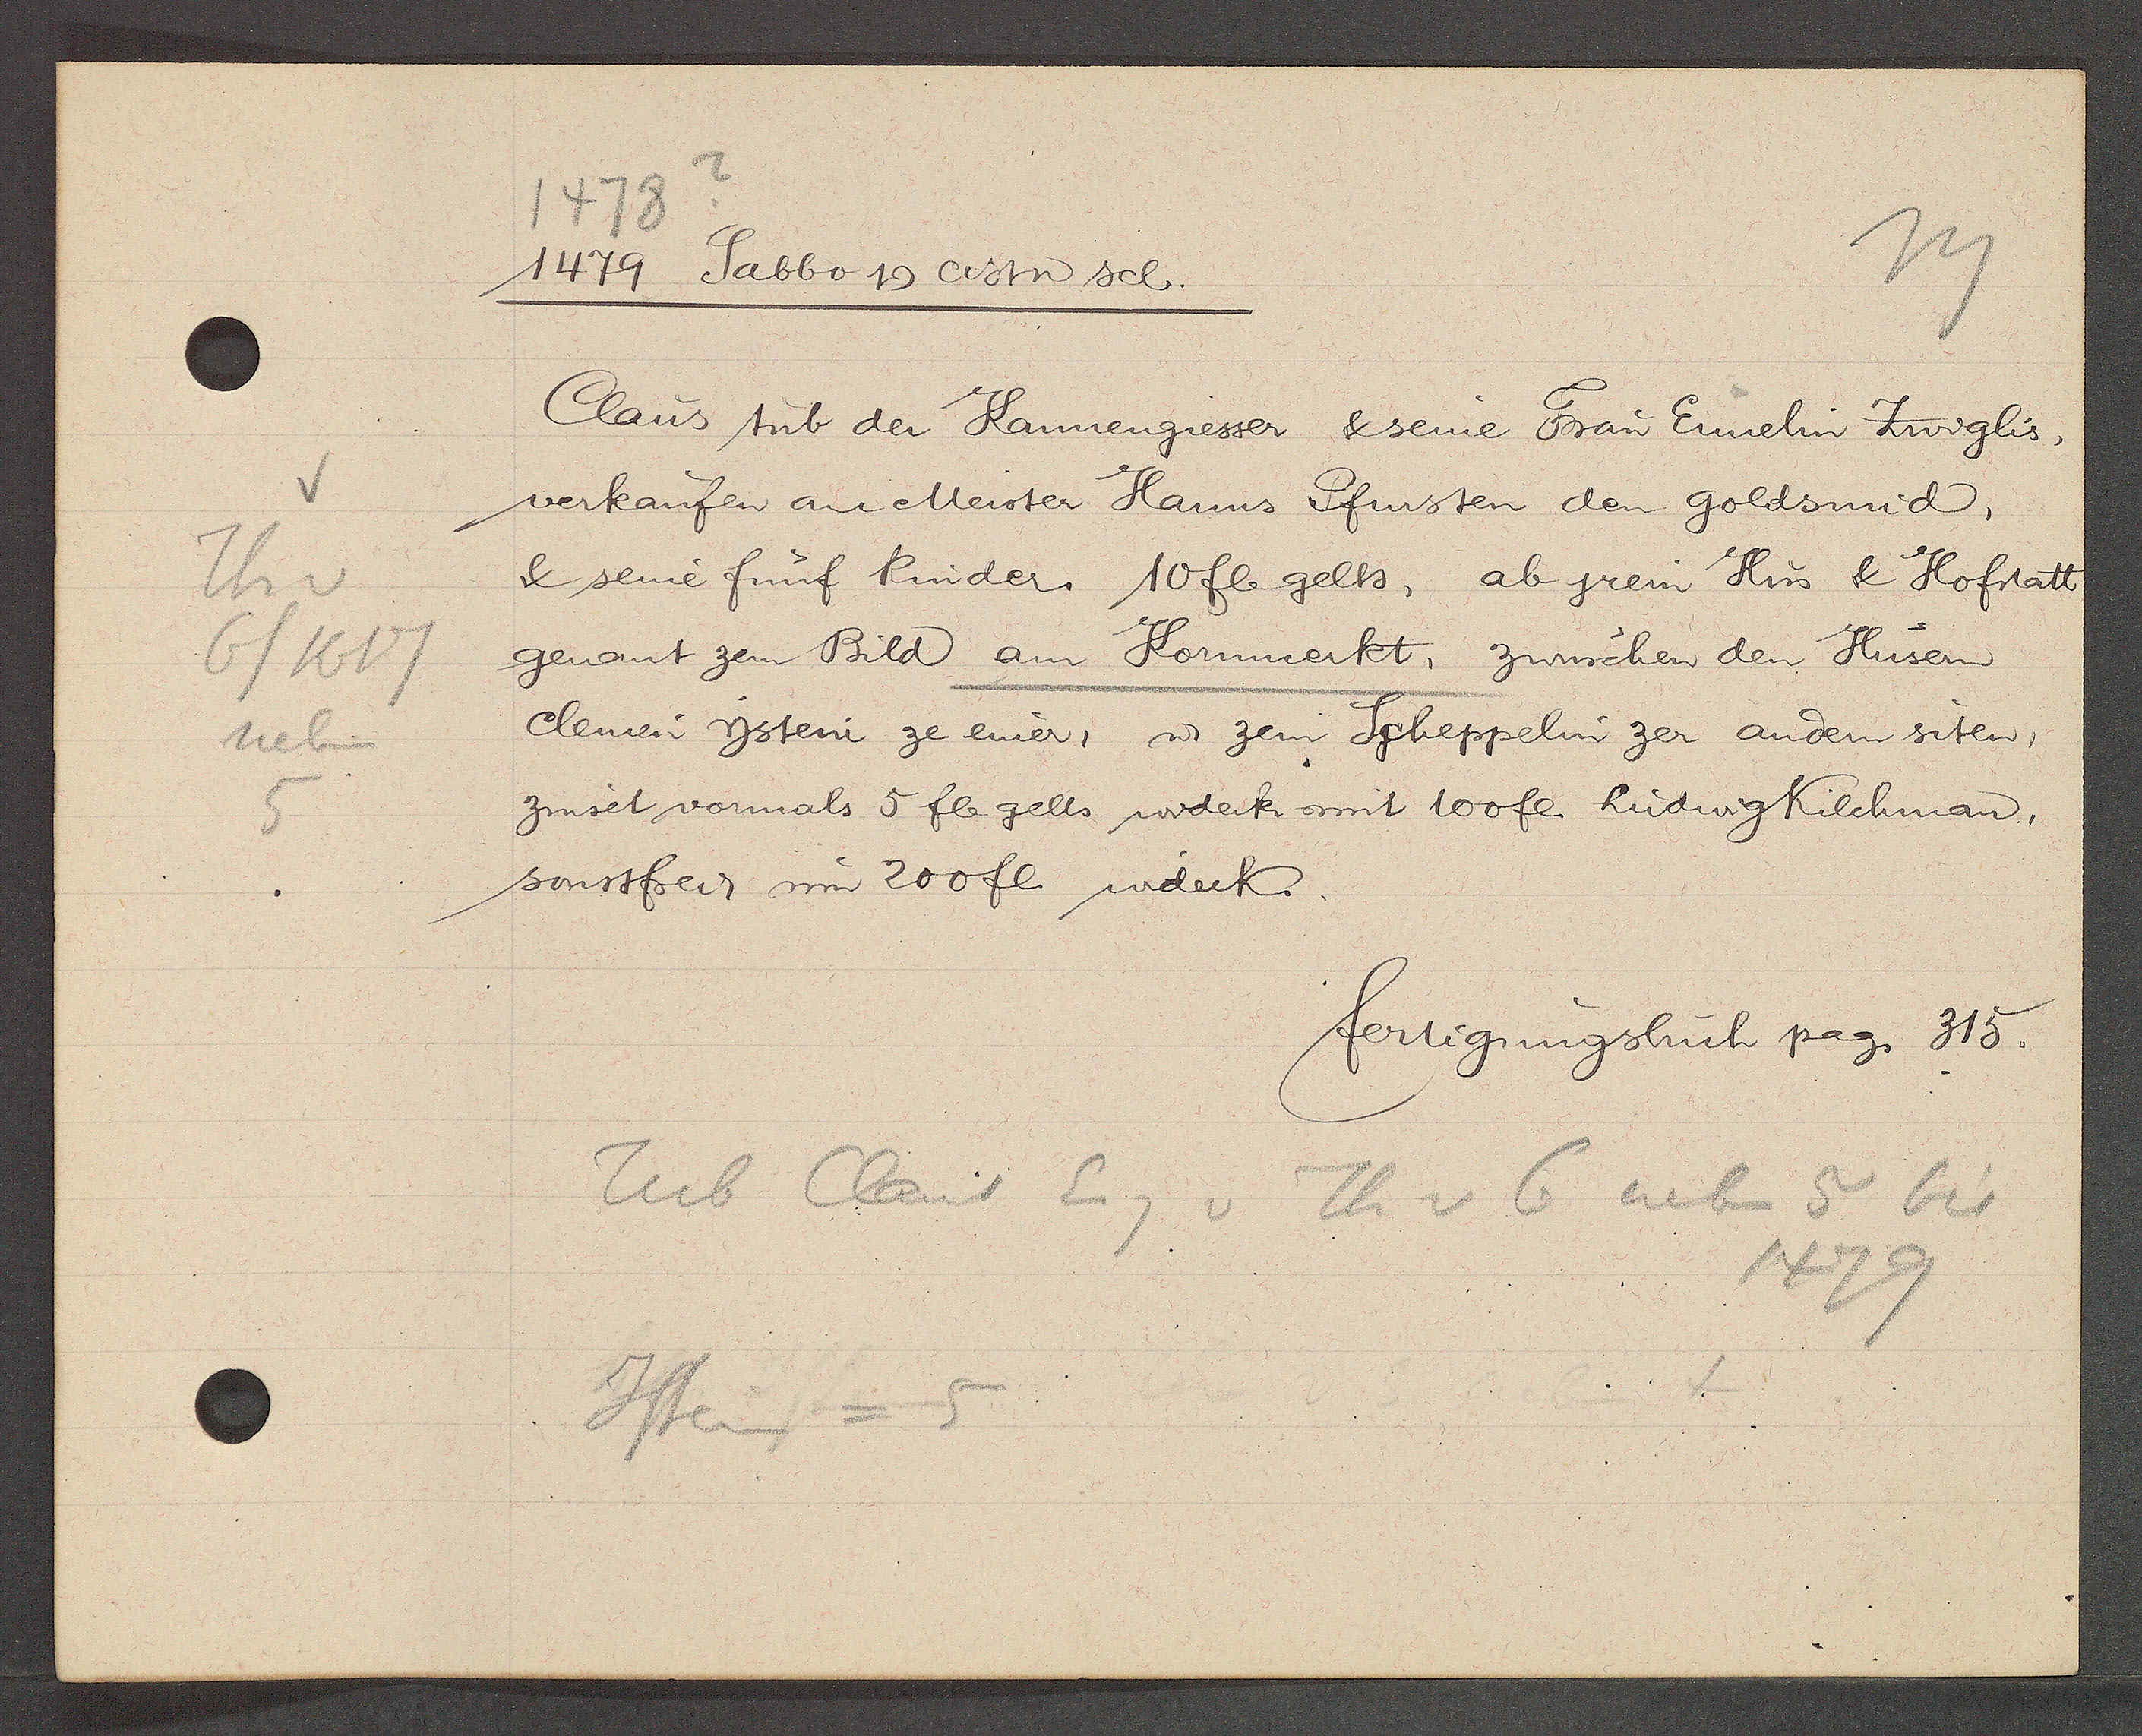
Transcript:
V
Th v
6/1617
neben
5

?
1478
1479 Sabbo Ƿ cistn sel.

Claus tub der Kannengiesser & seine Frau Ennelin Zwiglis,
verkaufen an Meister Hanns Pfuster den goldsmid,
& seine fünf Kinder 10 fl gelts, ab jrem Hus & Hofstatt
genant zem Bild am Kornmerkt, zwüschen den Hüsern
cleinen Ysteni ze einer, ư zem Scheppelin zer andern siten,
zinset vormals 5 fl gelts widerk mit 100 fl. Ludwig Kilchman,
sonstfrei um 200 fl widerk.

fertigungsbuch pag. 315.

Tub Claus Eig v Th v 6 neben 5 bis
1479
Jstein = 5